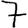
Digit: 7